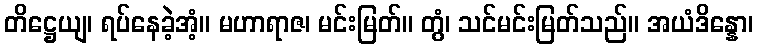
တိဋ္ဌေယျ၊ ရပ်နေခဲ့အံ့။ မဟာရာဇ၊ မင်းမြတ်။ တွံ၊ သင်မင်းမြတ်သည်။ အယံဒိန္နော၊